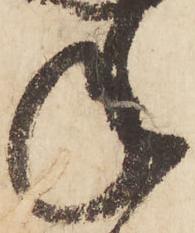
年